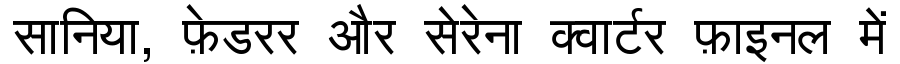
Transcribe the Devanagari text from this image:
सानिया, फ़ेडरर और सेरेना क्वार्टर फ़ाइनल में